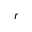
r